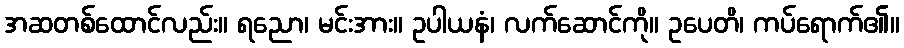
အဆတစ်ထောင်လည်း။ ရညော၊ မင်းအား။ ဥပါယနံ၊ လက်ဆောင်ကို။ ဥပေတိ၊ ကပ်ရောက်၏။